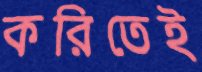
করিতেই